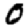
Digit: 0